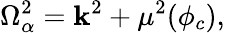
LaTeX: \Omega_{\alpha}^{2}={\mathbf k}^{2}+\mu^{2}(\phi_{c}),